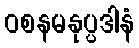
ဝစနမနုပ္ပဒါနံ